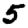
Digit: 5